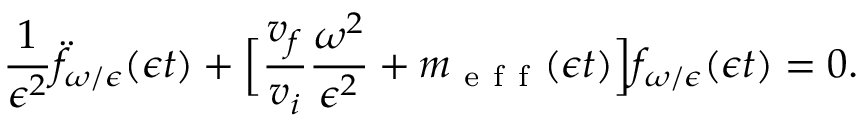
\frac { 1 } { \epsilon ^ { 2 } } \ddot { f } _ { \omega / \epsilon } ( \epsilon t ) + \Big [ \frac { v _ { f } } { v _ { i } } \frac { \omega ^ { 2 } } { \epsilon ^ { 2 } } + m _ { \mathrm { ~ e ~ f ~ f ~ } } ( \epsilon t ) \Big ] f _ { \omega / \epsilon } ( \epsilon t ) = 0 .